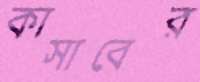
কাসাবের